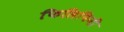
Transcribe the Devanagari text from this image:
फिलिपिनी